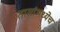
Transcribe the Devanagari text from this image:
तासांमध्येच